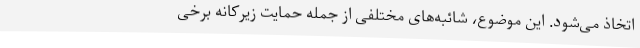
اتخاذ می‌شود. این موضوع، شائبه‌های مختلفی از جمله حمایت زیرکانه برخی